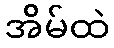
အိမ်ထဲ